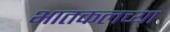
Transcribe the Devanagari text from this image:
भातकलच्या